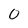
Character: O